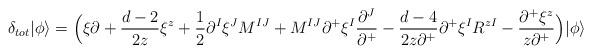
LaTeX: \begin{align*}\delta_{tot}|\phi\rangle=\Bigl(\xi\partial+\frac{d-2}{2z}\xi^z+\frac{1}{2}\partial^I\xi^JM^{IJ}+M^{IJ}\partial^+\xi^I\frac{\partial^J}{\partial^+}-\frac{d-4}{2z\partial^+}\partial^+\xi^IR^{zI}-\frac{\partial^+\xi^z}{z\partial^+}\Bigr)|\phi\rangle\end{align*}